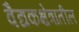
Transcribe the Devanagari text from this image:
वैद्यकक्षेत्रातील